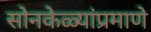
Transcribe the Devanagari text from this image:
सोनकेळ्यांप्रमाणे